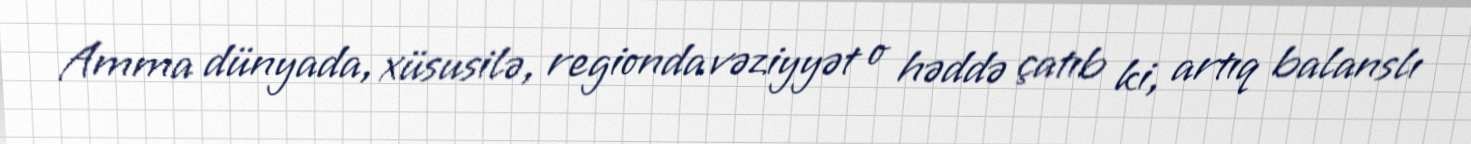
Amma dünyada, xüsusilə, regionda vəziyyət o həddə çatıb ki, artıq balanslı